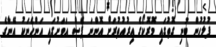
ފުލުހުން ބުނި ގޮތުގައި މޮރޮކޯގެ އިރުއުތުރަށް އޮންނަ ފެސް އަވަށުގައި އަންހެނަކު އޭނާގެ